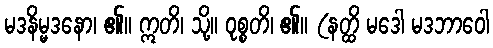
မဒနိမ္မဒနော၊ ၏။ ဣတိ၊ သို့။ ဝုစ္စတိ၊ ၏။ (နတ္ထိ မဒေါ မဒဘာဝေါ